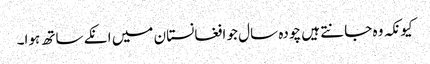
کیونکہ وہ جانتے ہیں چودہ سال جو افغانستان میں انکے ساتھ ہوا۔